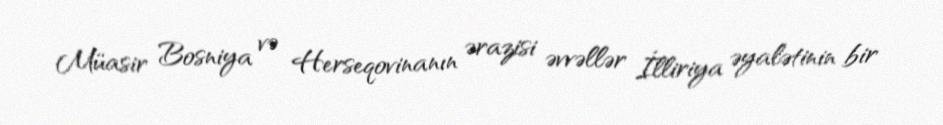
Müasir Bosniya və Herseqovinanın ərazisi əvvəllər İlliriya əyalətinin bir